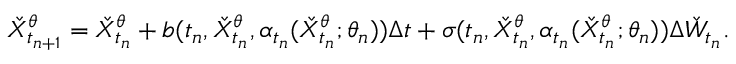
\check { X } _ { t _ { n + 1 } } ^ { \theta } = \check { X } _ { t _ { n } } ^ { \theta } + b ( t _ { n } , \check { X } _ { t _ { n } } ^ { \theta } , \alpha _ { t _ { n } } ( \check { X } _ { t _ { n } } ^ { \theta } ; \theta _ { n } ) ) \Delta t + \sigma ( t _ { n } , \check { X } _ { t _ { n } } ^ { \theta } , \alpha _ { t _ { n } } ( \check { X } _ { t _ { n } } ^ { \theta } ; \theta _ { n } ) ) \Delta \check { W } _ { t _ { n } } .